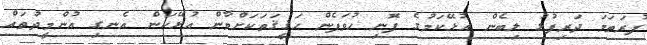
ފުރަތަމަ ދަރިފުޅު ލިބެން އުޅޭކަމުގެ ފޮނި ހުވަފެން ހަޤީޤަތަކަށްވާން އުޅޭކަން އެނގި އުންމީދުތައް